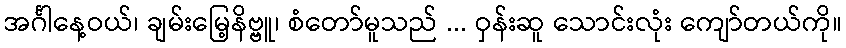
အင်္ဂါနေ့ဝယ်၊ ချမ်းမြေ့နိဗ္ဗူ၊ စံတော်မူသည် ... ဝှန်းဆူ သောင်းလုံး ကျော်တယ်ကို။